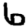
Digit: 6